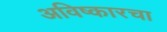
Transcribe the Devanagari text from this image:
अविष्कारचा